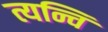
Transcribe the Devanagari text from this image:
त्यन्चि